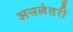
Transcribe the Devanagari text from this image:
असलेतरी